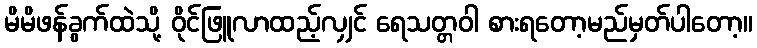
မိမိဖန်ခွက်ထဲသို့ ဝိုင်ဖြူလာထည့်လျှင် ရေသတ္တဝါ စားရတော့မည်မှတ်ပါတော့။